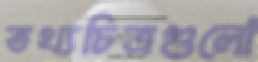
তথ্যচিত্রগুলো